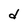
Character: d